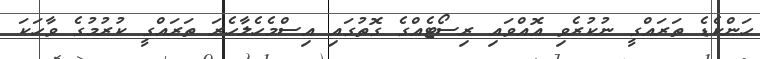
ހަންކެޑެ ތަރައްގީ ނުކުރެވި އޮއްވައި ރިސޯޓެއްގެ ގޮތުގައި އިސްމެހެލާހެރަ ތަރައްގީ ކުރުމުގެ ވާހަކަ